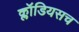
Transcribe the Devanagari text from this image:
क्लॉडियसच